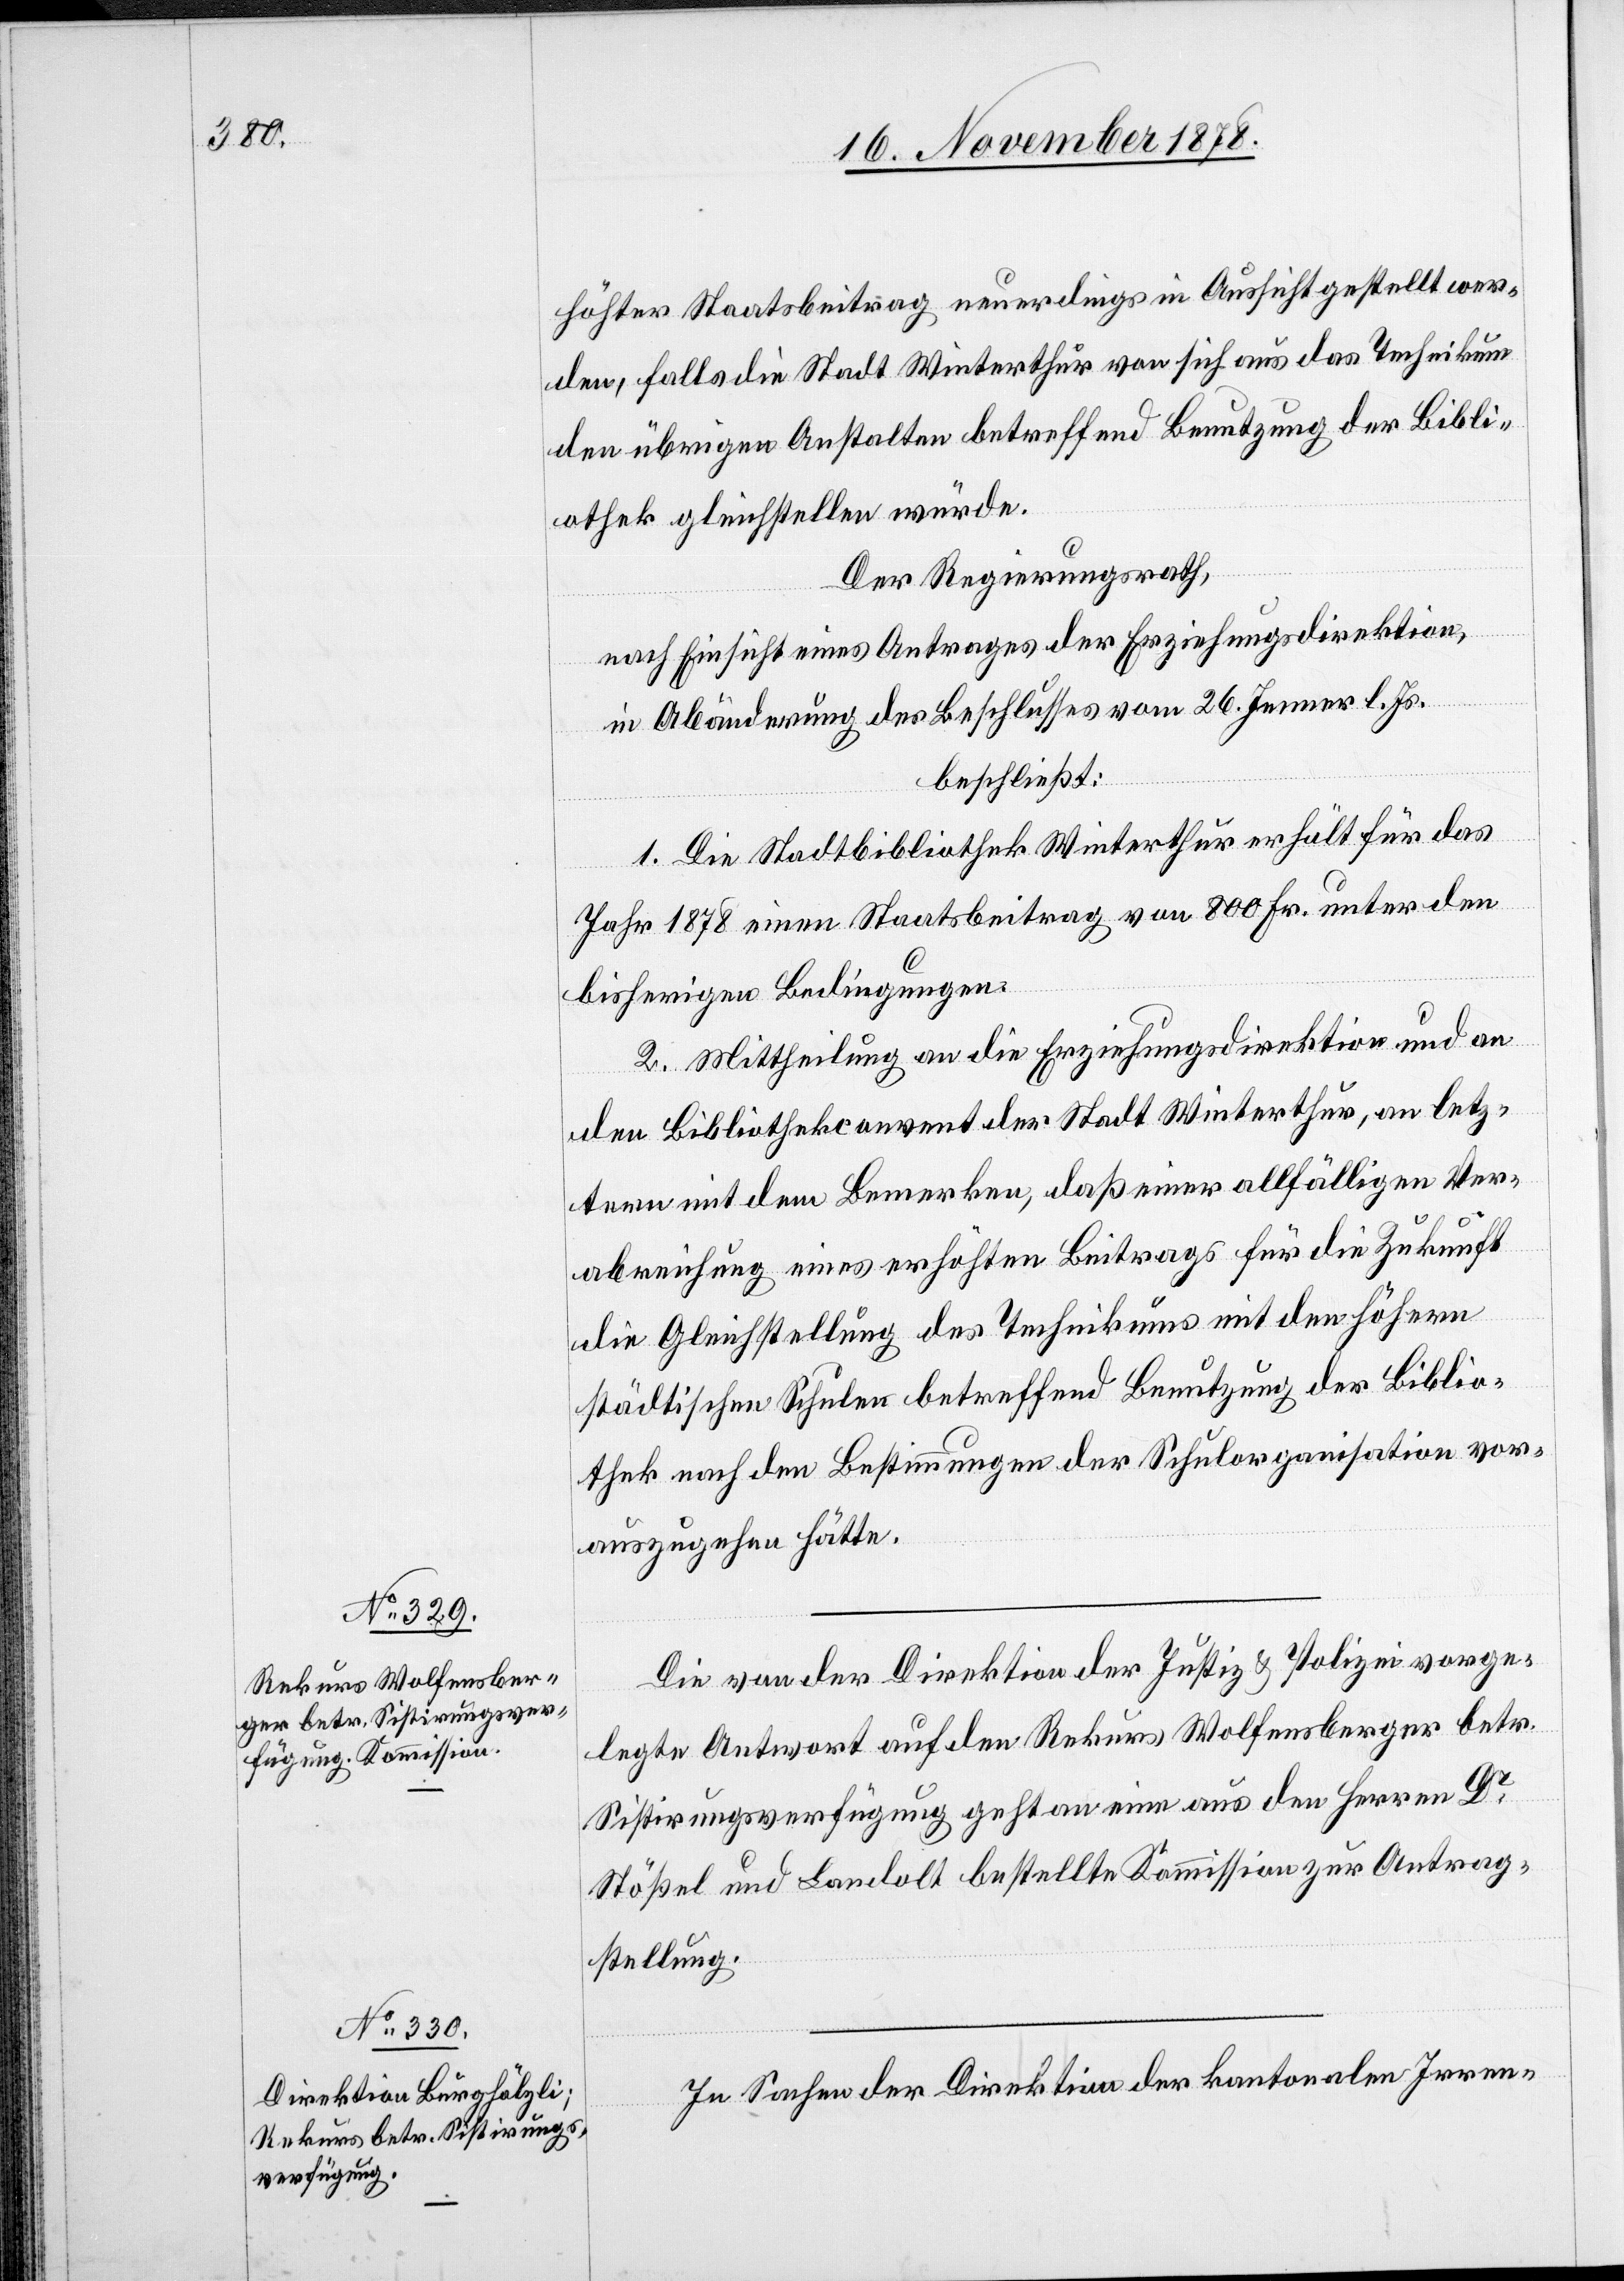
höhter Staatsbeitrag neuerdings in Aussicht gestellt wer¬
den, falls die Stadt Winterthur von sich aus das Technikum
den übrigen Anstalten betreffend Benutzung der Bibli¬
othek gleichstellen würde.
Der Regierungsrath,
nach Einsicht eines Antrages der Erziehungsdirektion,
in Abänderung des Beschlusses vom 26. Jenner l. Js.
beschließt:
1. Die Stadtbibliothek Winterthur erhält für das
Jahr 1878 einen Staatsbeitrag von 800 Fr. unter den
bisherigen Bedingungen.
2. Mittheilung an die Erziehungsdirektion und an
den Bibliothekconvent der Stadt Winterthur, an letz¬
tern mit dem Bemerken, daß einer allfälligen Ver¬
abreichung eines erhöhten Beitrags für die Zukunft
die Gleichstellung des Technikums mit den höhern
städtischen Schulen betreffend Benutzung der Biblio¬
thek nach den Bestimmungen der Schulorganisation vor¬
auszugehen hätte.
Die von der Direktion der Justiz & Polizei vorge¬
legte Antwort auf den Rekurs Wolfensberger betr.
Sistirungsverfügung geht an eine aus den Herren Dr
Stößel und Landolt bestellte Kommission zur Antrag¬
stellung.
In Sachen der Direktion der kantonalen Irren-